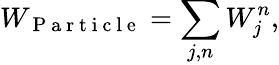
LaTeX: W_{\mathrm{~P~a~r~t~i~c~l~e~}}=\sum_{j,n}W_{j}^{n},